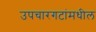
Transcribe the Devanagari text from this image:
उपचारगटांमधील